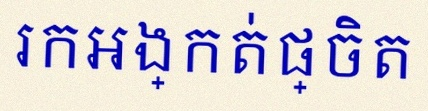
រកអង្កត់ផ្ចិត